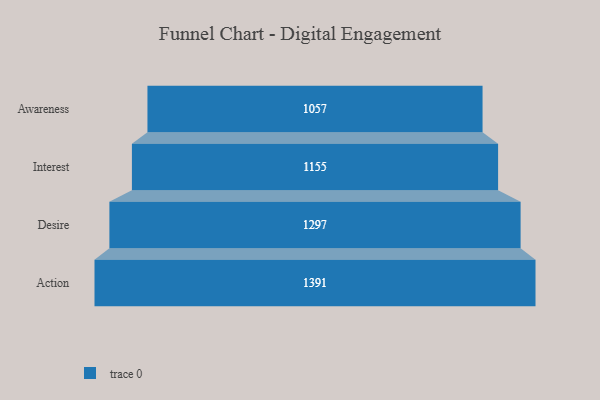
{"axis": {"x": "Stage", "y": "Value"}, "legend": [""], "data": [{"x": "Awareness", "y": 1057.0, "type": ""}, {"x": "Interest", "y": 1155.0, "type": ""}, {"x": "Desire", "y": 1297.0, "type": ""}, {"x": "Action", "y": 1391.0, "type": ""}]}